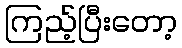
ကြည့်ပြီးတော့